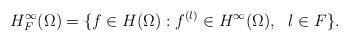
LaTeX: \begin{align*}H_{F}^{\infty}(\Omega)=\{f\in H(\Omega): f^{(l)}\in H^{\infty}(\Omega),\ \ l \in F\}.\end{align*}